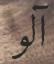
آلو